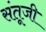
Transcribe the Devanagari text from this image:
संतूजी